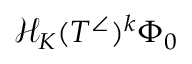
\mathcal { H } _ { K } ( T ^ { \angle } ) ^ { k } \Phi _ { 0 }